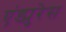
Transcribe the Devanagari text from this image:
एंड्युरेस